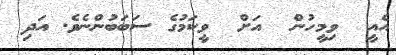
އެއީ  ވިމީހުން  އަށް  ވީކަމުގެ ސަބަބުންނެވެ. އަދި